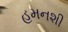
હમનશી